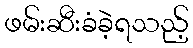
ဖမ်းဆီးခံခဲ့ရသည့်